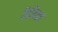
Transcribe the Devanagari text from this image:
वैनिका